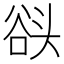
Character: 𰋬